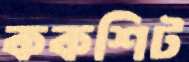
ককশিট